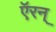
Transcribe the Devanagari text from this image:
ऍरन्